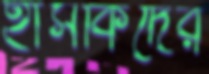
হাসকিদের